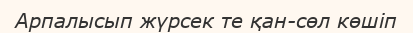
Арпалысып жүрсек те қан-сөл көшіп